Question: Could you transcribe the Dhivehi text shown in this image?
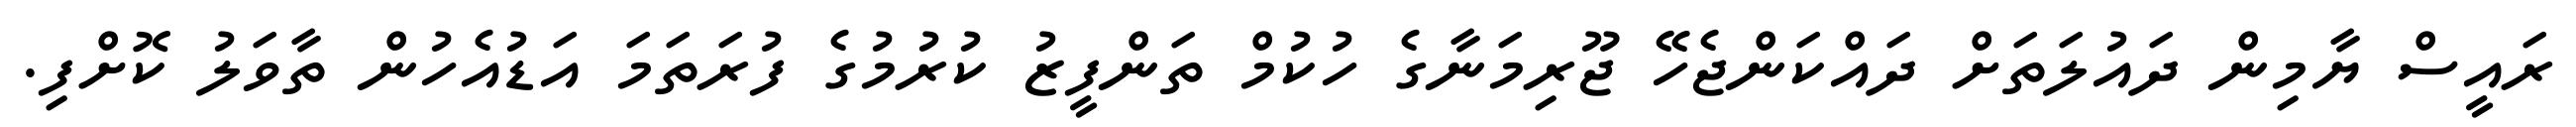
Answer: ރައީސް ޔާމިން ދައުލަތަށް ދައްކަންޖެހޭ ޖޫރިމަނާގެ ހުކުމް ތަންފީޒު ކުރުމުގެ ފުރަތަމަ އަޑުއެހުން ތާވަލު ކޮށްފި.